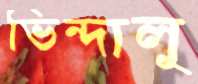
ভিন্দালু